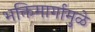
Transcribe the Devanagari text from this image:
भक्तिमार्गामुळे